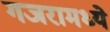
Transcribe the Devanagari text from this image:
गजरामध्ये